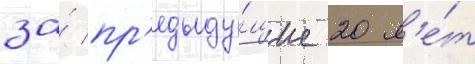
за́ пр'едыду́щие 20 л'е́т